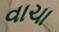
વાચા